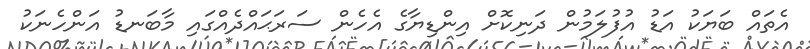
އެތައް ބަޔަކު އަޑު އުފުލަމުން ދަނިކޮށް އިންޑިޔާގެ އެހެން ސަރަޙައްދެއްގައި މާބަނޑު އަންހެނަކު